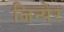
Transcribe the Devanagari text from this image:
जिन्पेर